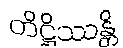
တိဋ္ဌိဿန္တိ